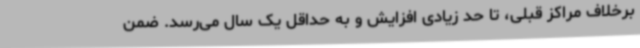
برخلاف مراکز قبلی، تا حد زیادی افزایش و به حداقل یک سال می‌رسد. ضمن